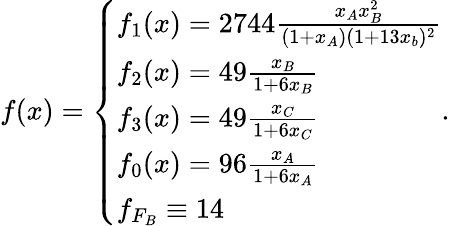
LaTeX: f(x)=\left\{ \begin{array}{ll}{f_{1}(x)=2744\frac{x_{A}x_{B}^{2}}{(1+x_{A})(1+13x_{b})^{2}}}\\ {f_{2}(x)=49\frac{x_{B}}{1+6x_{B}}}\\ {f_{3}(x)=49\frac{x_{C}}{1+6x_{C}}}\\ {f_{0}(x)=96\frac{x_{A}}{1+6x_{A}}}\\ {f_{F_{B}}\equiv 14}\end{array}\right..